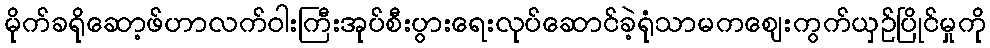
မိုက်ခရိုဆော့ဖ်ဟာလက်ဝါးကြီးအုပ်စီးပွားရေးလုပ်ဆောင်ခဲ့ရုံသာမကဈေးကွက်ယှဉ်ပြိုင်မှုကို